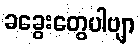
ခခွေးတွေပါဗျာ